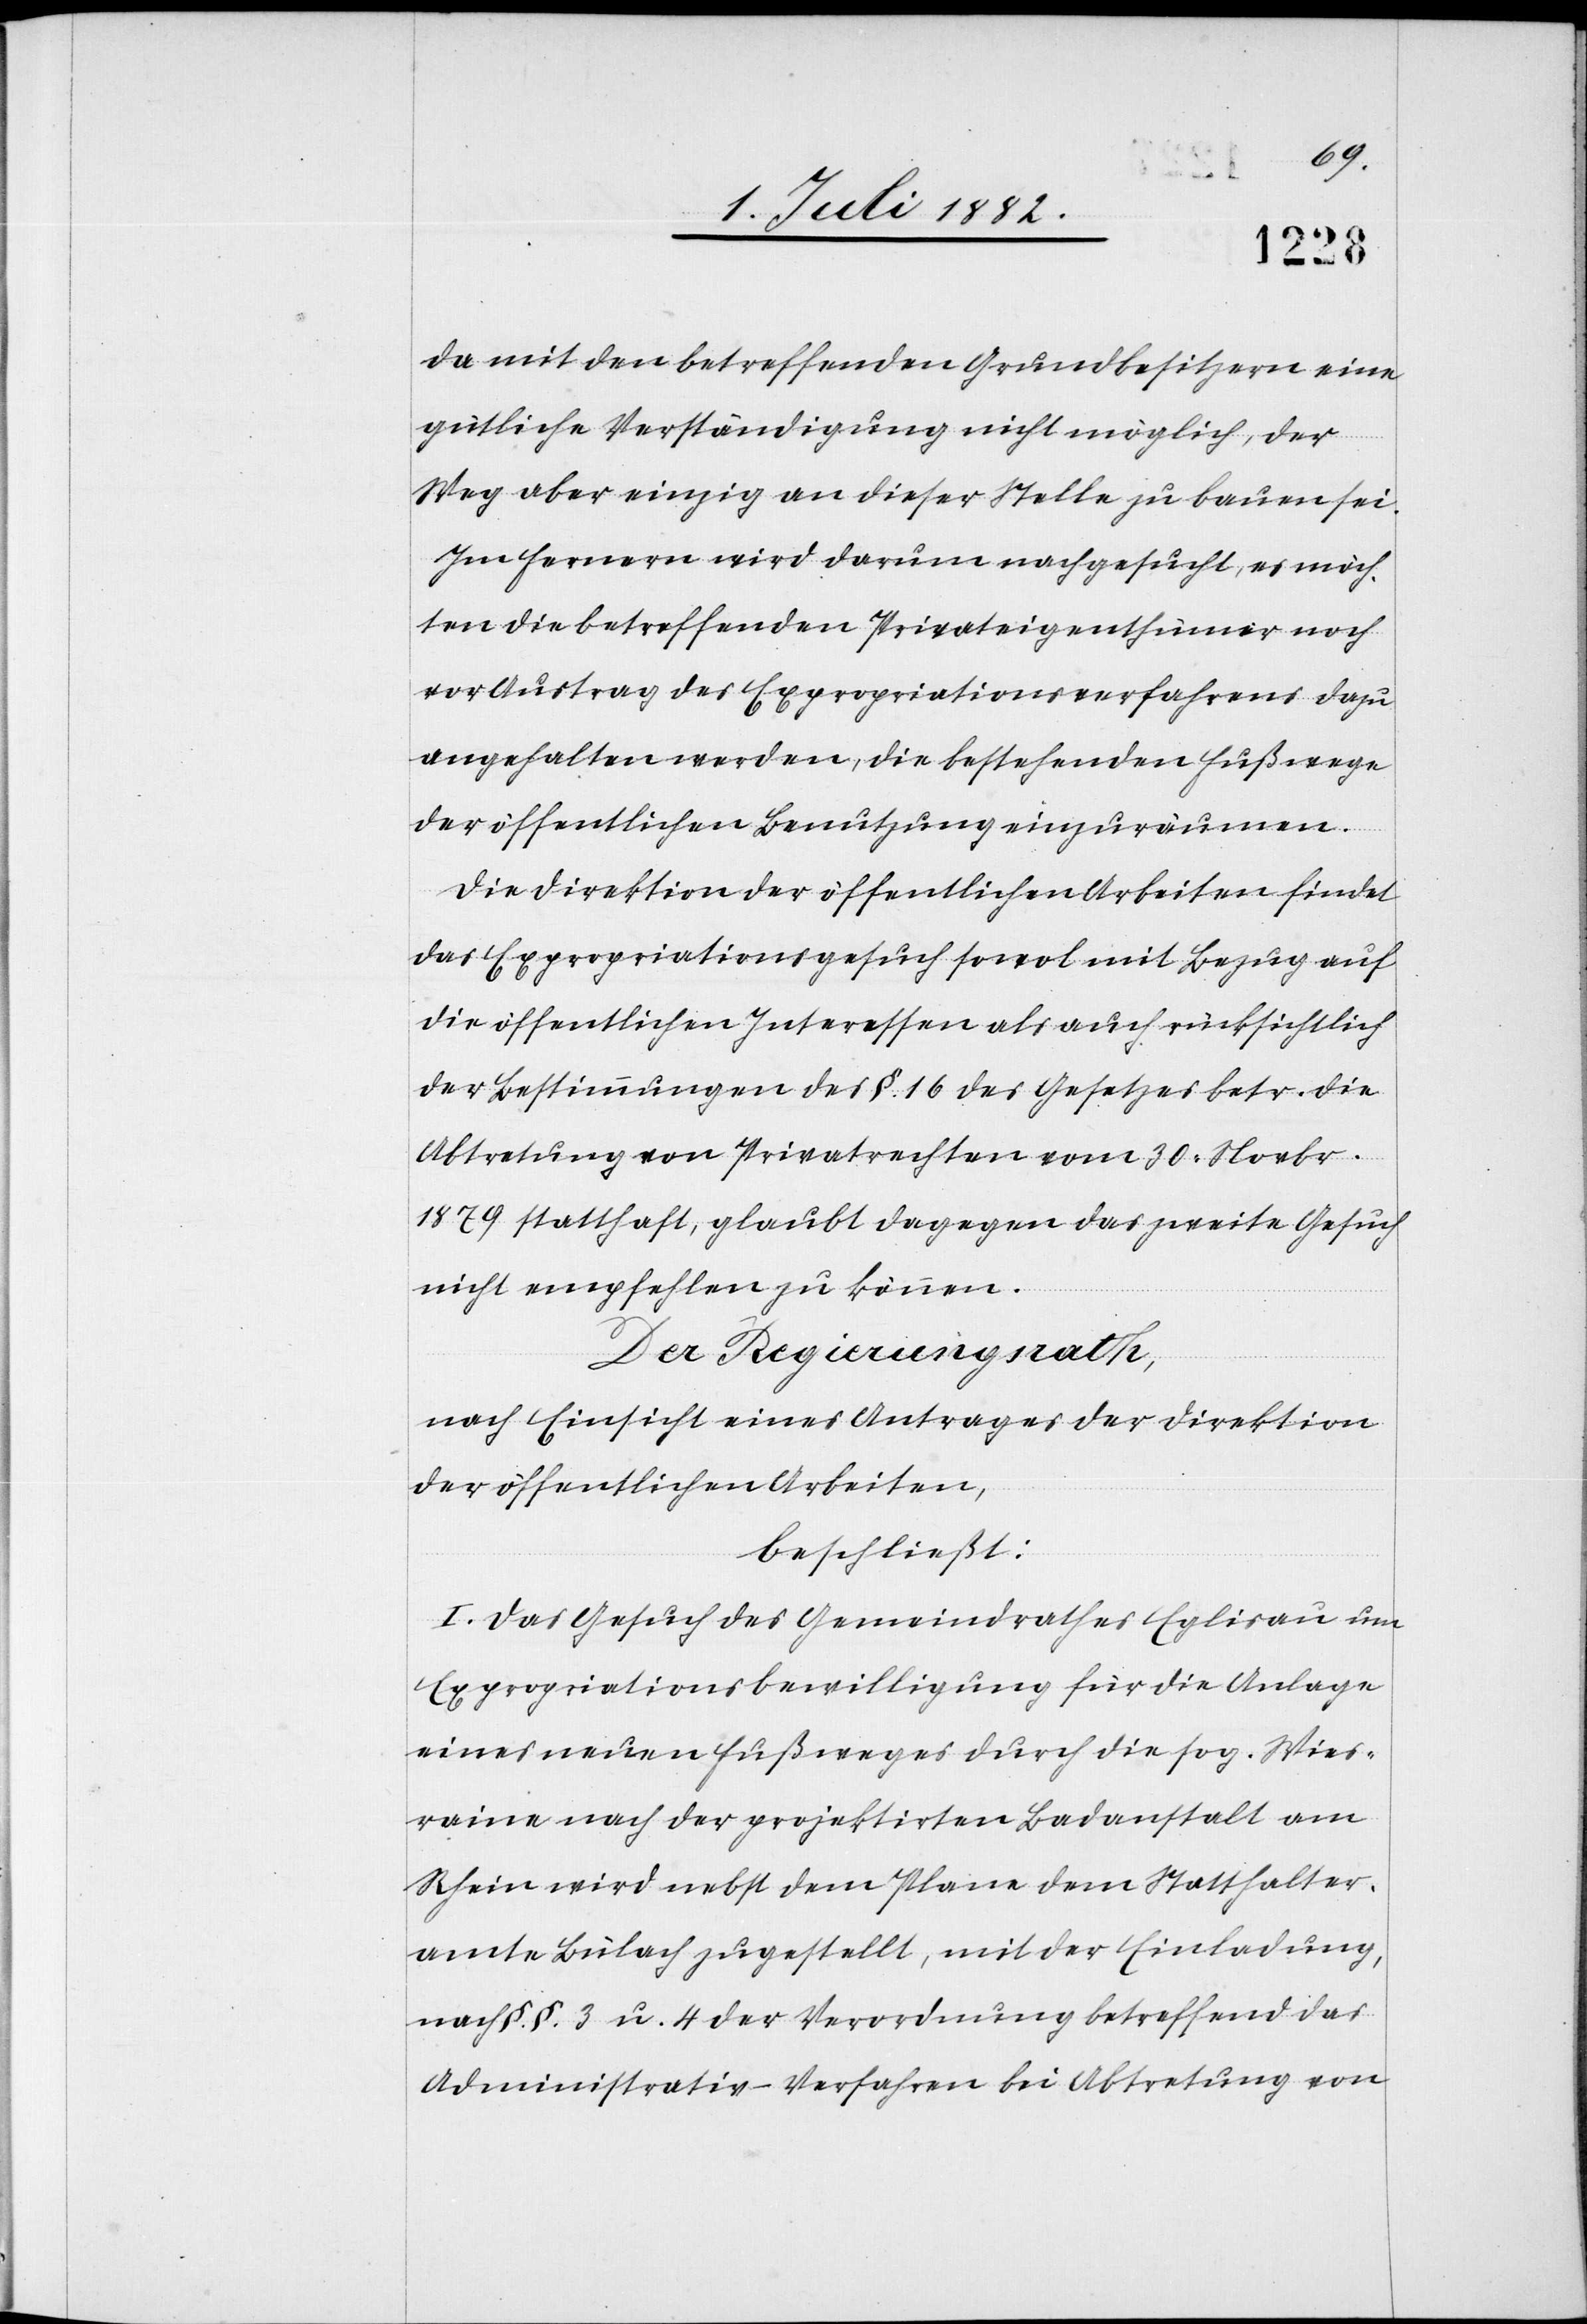
da mit den betreffenden Grundbesitzern eine
gütliche Verständigung nicht möglich, der
Weg aber einzig an dieser Stelle zu bauen sei.
Im Fernern wird darum nachgesucht, es möch¬
ten die betreffenden Privateigenthümer noch
vor Austrag des Expropriationsverfahrens dazu
angehalten werden, die bestehenden Fußwege
der öffentlichen Benutzung einzuräumen.
Die Direktion der öffentlichen Arbeiten findet
das Expropriationsgesuch sowol mit Bezug auf
die öffentlichen Interessen als auch rücksichtlich
der Bestimmungen des §. 16 des Gesetzes betr. die
Abtretung von Privatrechten vom 30. Novbr.
1879 statthaft, glaubt dagegen das zweite Gesuch
nicht empfehlen zu können.
Der Regierungsrath,
nach Einsicht eines Antrages der Direktion
der öffentlichen Arbeiten,
beschließt:
I. Das Gesuch des Gemeindrathes Eglisau um
Expropriationsbewilligung für die Anlage
eines neuen Fußweges durch die sog. Wies¬
raine nach der projektirten Badanstalt am
Rhein wird nebst dem Plane dem Statthalter¬
amte Bülach zugestellt, mit der Einladung,
nach §§. 3 u. 4 der Verordnung betreffend das
Administrativ-Verfahren bei Abtretung von